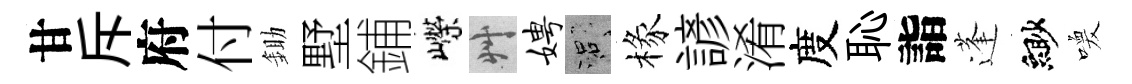
甘斥府付鋤墅鋪嶸艸娉口椽諺淆度恥詣蓬緲喚